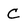
Character: C